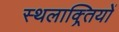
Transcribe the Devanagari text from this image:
स्थलाक्र्तियों